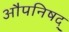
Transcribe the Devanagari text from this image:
औपनिषद्